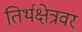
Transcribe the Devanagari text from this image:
तिर्थक्षेत्रवर